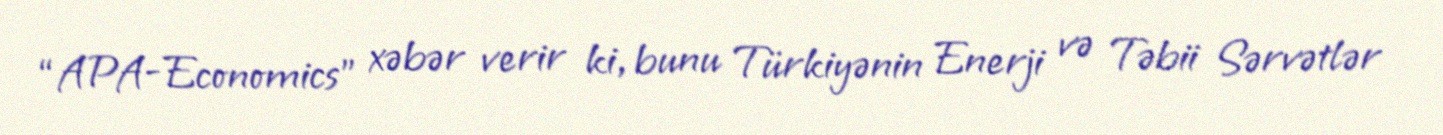
“APA-Economics” xəbər verir ki, bunu Türkiyənin Enerji və Təbii Sərvətlər